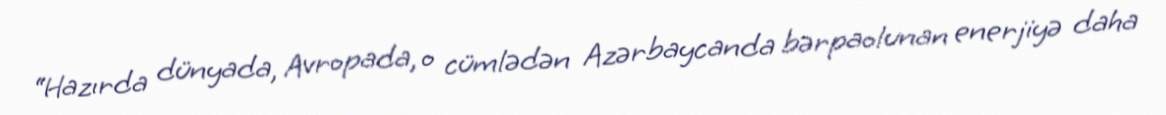
“Hazırda dünyada, Avropada, o cümlədən Azərbaycanda bərpaolunan enerjiyə daha